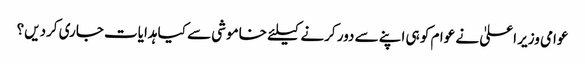
عوامی وزیر اعلیٰ نے عوام کو ہی اپنے سے دور کرنے کیلئے خاموشی سے کیا ہدایات جاری کردیں؟